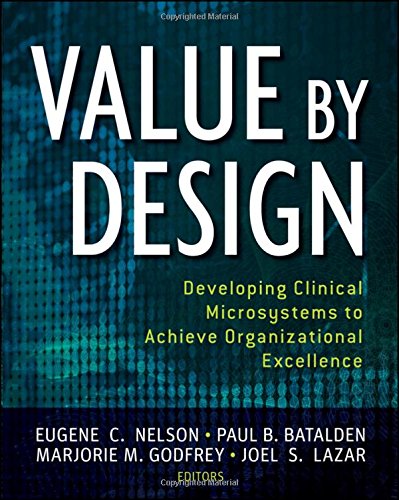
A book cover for Value by Design: Developing Clinical Microsystems to Achieve Organizational Excellence; Eugene C. Nelson; Medical Books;